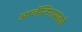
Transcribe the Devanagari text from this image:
आर्जेन्टिनासकडे